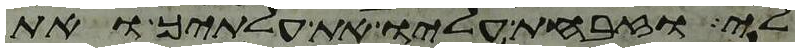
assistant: לי וזבחת עליו את עלתיך ואת